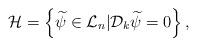
LaTeX: \begin{align*}{\cal H}=\left\{\widetilde \psi\in {\cal L}_{n}|{\cal D}_k\widetilde \psi=0\right\},\end{align*}